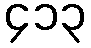
၄၁၃